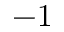
- 1